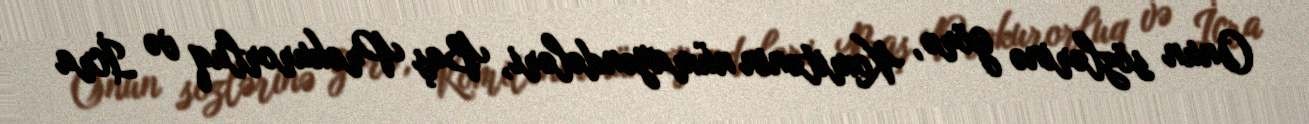
Onun sözlərinə görə, Komitənin nümayəndələri, Baş Prokurorluq və İcra